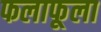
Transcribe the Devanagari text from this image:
फलाफूला